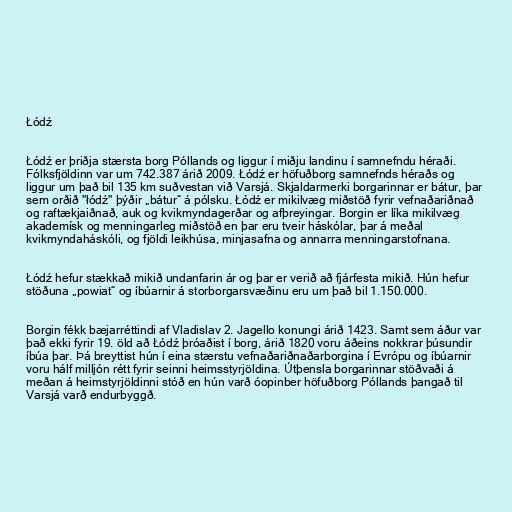
Łódź

Łódź er þriðja stærsta borg Póllands og liggur í miðju landinu í samnefndu héraði.
Fólksfjöldinn var um 742.387 árið 2009. Łódź er höfuðborg samnefnds héraðs og
liggur um það bil 135 km suðvestan við Varsjá. Skjaldarmerki borgarinnar er bátur, þar
sem orðið "łódź" þýðir „bátur“ á pólsku. Łódź er mikilvæg miðstöð fyrir vefnaðariðnað
og raftækjaiðnað, auk og kvikmyndagerðar og afþreyingar. Borgin er líka mikilvæg
akademísk og menningarleg miðstöð en þar eru tveir háskólar, þar á meðal
kvikmyndaháskóli, og fjöldi leikhúsa, minjasafna og annarra menningarstofnana.

Łódź hefur stækkað mikið undanfarin ár og þar er verið að fjárfesta mikið. Hún hefur
stöðuna „powiat“ og íbúarnir á storborgarsvæðinu eru um það bil 1.150.000.

Borgin fékk bæjarréttindi af Vladislav 2. Jagello konungi árið 1423. Samt sem áður var
það ekki fyrir 19. öld að Łódź þróaðist í borg, árið 1820 voru áðeins nokkrar þúsundir
íbúa þar. Þá breyttist hún í eina stærstu vefnaðariðnaðarborgina í Evrópu og íbúarnir
voru hálf milljón rétt fyrir seinni heimsstyrjöldina. Útþensla borgarinnar stöðvaði á
meðan á heimstyrjöldinni stóð en hún varð óopinber höfuðborg Póllands þangað til
Varsjá varð endurbyggð.